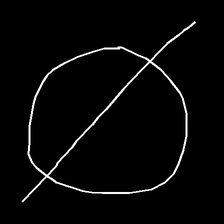
Glyph: orb